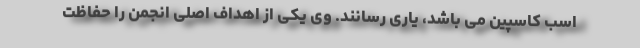
اسب کاسپین می باشد، یاری رسانند. وی یکی از اهداف اصلی انجمن را حفاظت